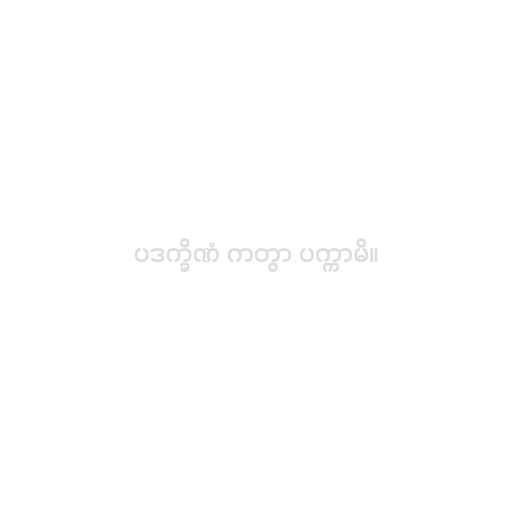
ပဒက္ခိဏံ ကတွာ ပက္ကာမိ။